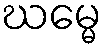
ဃမ္မေ